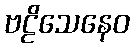
ဗဠိသေနေဝ